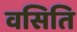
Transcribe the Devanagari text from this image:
वसिति